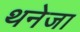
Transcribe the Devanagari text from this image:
थनेजा